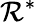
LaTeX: \mathcal{R}^{*}